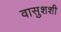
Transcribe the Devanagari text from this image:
वासुशशी